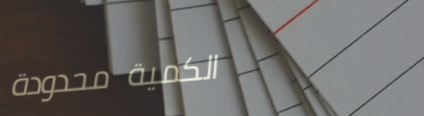
الكمية محدودة